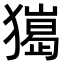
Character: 𤢠